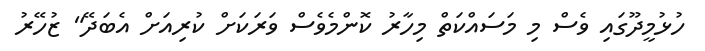
ހުޅުމީދޫގައި ވެސް މި މަސައްކަތް މިހާރު ކޮންމެވެސް ވަރަކަށް ކުރިއަށް އެބަދޭ" ޒުހޭރު